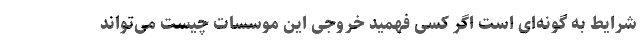
شرایط به گونه‌ای است اگر کسی فهمید خروجی این موسسات چیست می‌تواند